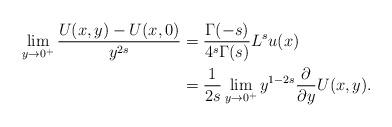
LaTeX: \begin{align*}\lim_{y\to 0^+}\frac{U(x,y)-U(x,0)}{y^{2s}}&=\frac{\Gamma(-s)}{4^s\Gamma(s)}L^su(x)\\&=\frac{1}{2s}\lim_{y\to 0^+}y^{1-2s}\frac{\partial}{\partial y}U(x,y).\end{align*}